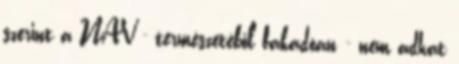
szerint a NAV - természetéből fakadóan - nem adhat